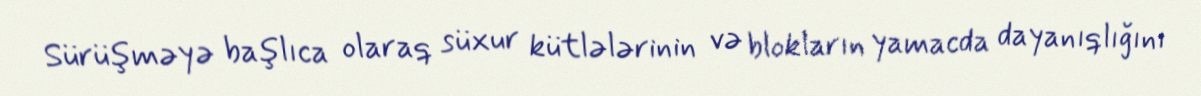
Sürüşməyə başlıca olaraq süxur kütlələrinin və blokların yamacda dayanıqlığını